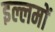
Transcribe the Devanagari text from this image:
इल्लमों